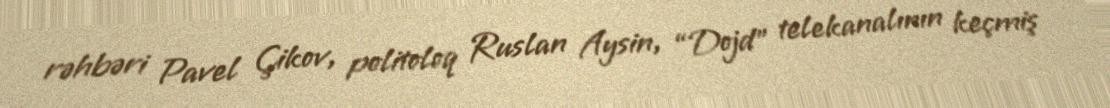
rəhbəri Pavel Çikov, politoloq Ruslan Aysin, “Dojd” telekanalının keçmiş